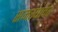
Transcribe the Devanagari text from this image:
समस्‍यांवर